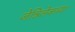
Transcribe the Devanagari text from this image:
जेन्निलेकच्या